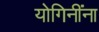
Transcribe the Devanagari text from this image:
योगिनींना